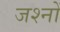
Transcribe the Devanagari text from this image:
जश्नों